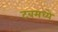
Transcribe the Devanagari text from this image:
टबमध्ये